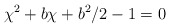
\begin{align*}\chi^2 + b \chi + b^2 /2 -1 = 0\end{align*}